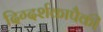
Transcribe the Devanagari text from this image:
दिग्दर्शकापैकी